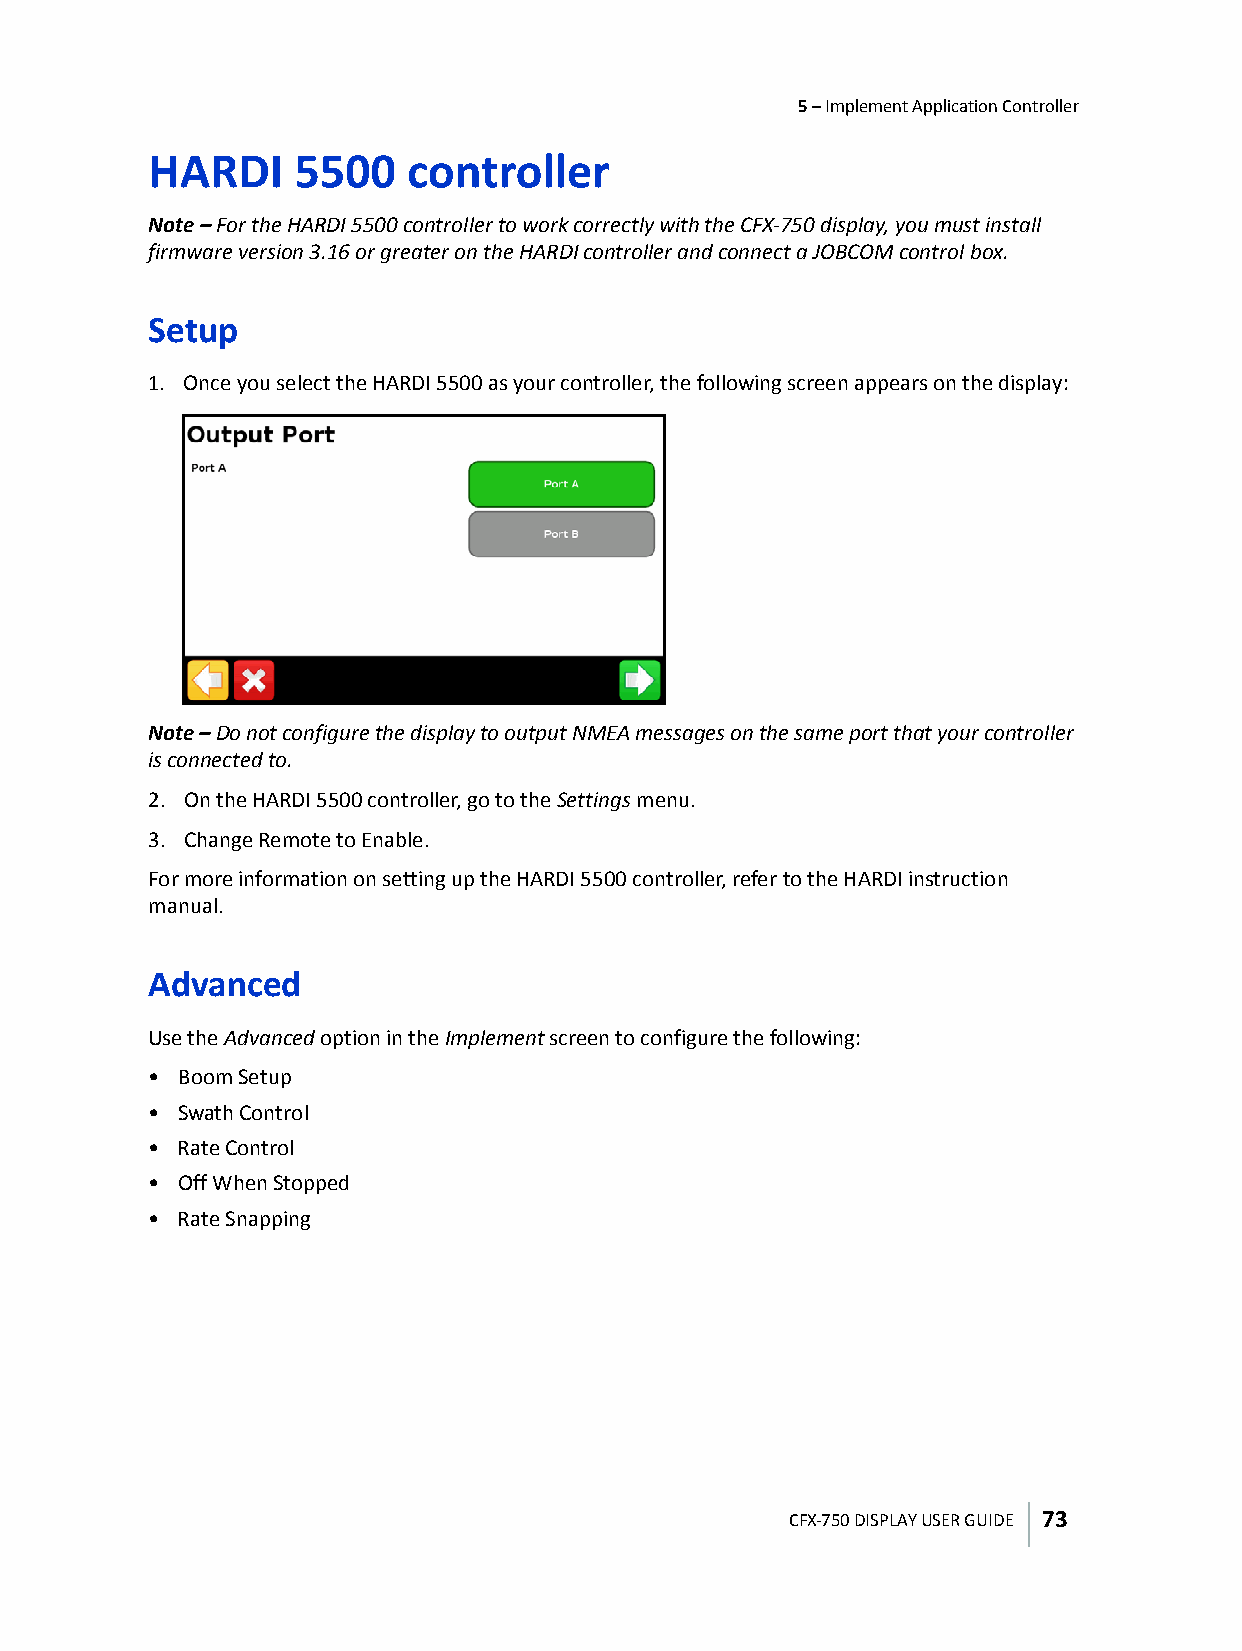
5 – Implement Application Controller
 HARDI     5500   controller
 Note – For the HARDI 5500 controller to work correctly with the CFX-750 display, you must install
 firmware version 3.16 or greater on the HARDI controller and connect a JOBCOM control box.
 Setup
 1. Once you select the HARDI 5500 as your controller, the following screen appears on the display:
 Note – Do not configure the display to output NMEA messages on the same port that your controller
 is connected to.
 2. On the HARDI 5500 controller, go to the Settings menu.
 3. Change Remote to Enable.
 For more information on setting up the HARDI 5500 controller, refer to the HARDI instruction
 manual.
 Advanced
 Use the Advanced option in the Implement screen to configure the following:
 • Boom Setup
 • Swath Control
 • Rate Control
 • Off When Stopped
 • Rate Snapping
 CFX-750 DISPLAY USER GUIDE 73